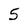
Character: 5